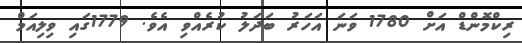
ރިކްމޮންޑް އަށް 1780 ވަނަ އަަހަރު ބަދަލު ކުރެއްވި އެވެ. 1779ގައި ވިލިއަމް